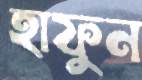
হাফুন